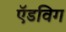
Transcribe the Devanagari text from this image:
ऍडविग